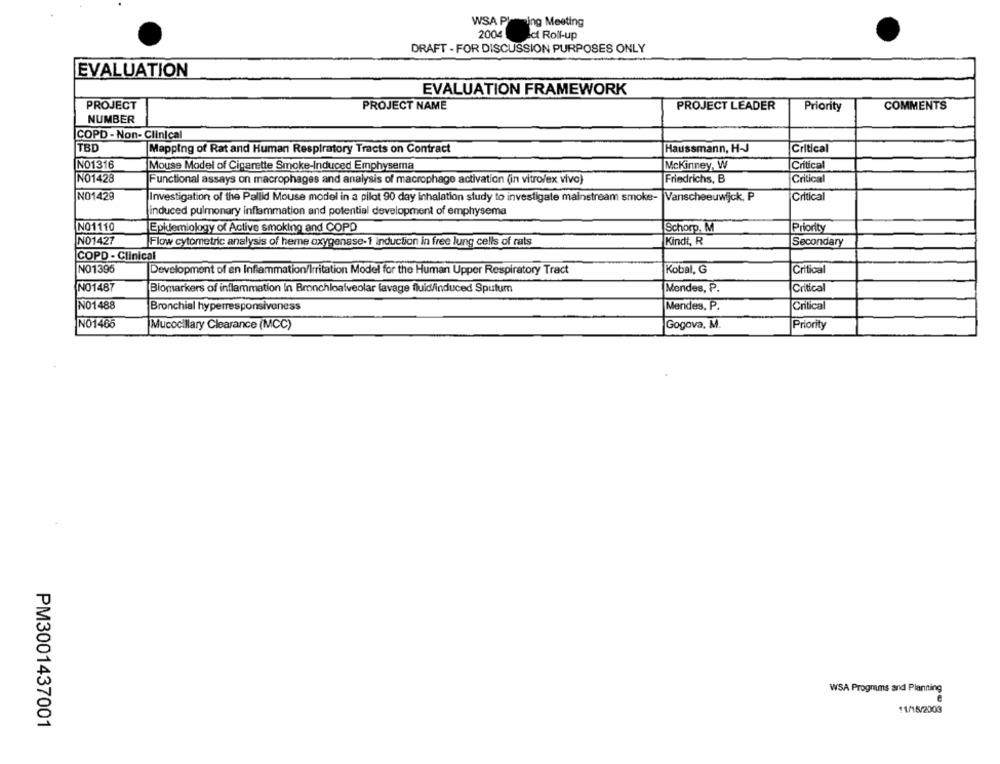
WSA PI ing Meeting
2004
Ict Roll-up
DRAFT - FOR DISCUSSION PURPOSES ONLY
EVALUATION
EVALUATION FRAMEWORK
PROJECT
PROJECT NAME
PROJECT LEADER
Priority
COMMENTS
NUMBER
COPD - Non- Clinical
TBD
Mapping of Rat and Human Respiratory Tracts on Contract
Haussmann, H-J
Critical
NO1316
Mouse Model of Cigarette Smoke-Induced Emphysema
Mckinney, W
Critical
NO1428
Functional assays on macrophages and analysis of macrophage activation (in vitro/ex vivo)
Friedrichs, B
Critical
NO1429
Investigation of the Pallid Mouse model in a pilot 90 day Inhalation study to investigate mainstream smoke-
Vanscheeuwijck, P
Critical
induced pulmonary inflammation and potential development of emphysema
NO1110
Epidemiology of Active smoking and COPD
Schorp. M
Priority
NO1427
Flow cytometric analysis of heme oxygenase-1 induction in free lung cells of rats
Kindt, R
Secondary
COPD - Clinical
NO1395
Development of an Inflammation/Irritation Model for the Human Upper Respiratory Tract
Kobal, G
Critical
NO1487
Biomarkers of inflammation In Bronchloalveolar lavage fluid/induced Sputum
Mendes, P.
Critical
NO1488
Mendes, P.
Critical
Bronchial hyperresponsiveness
NO1465
Mucocillary Clearance (MCC)
Gogova, M.
Priority
WSA Programs and Planning
11/15/2003
PM3001437001